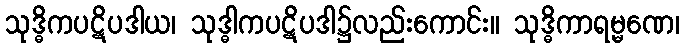
သုဒ္ဓိကပဋိပဒါယ၊ သုဒ္ဓါကပဋိပဒါ၌လည်းကောင်း။ သုဒ္ဓိကာရမ္မဏေ၊